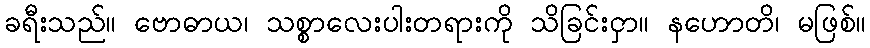
ခရီးသည်။ ဗောဓာယ၊ သစ္စာလေးပါးတရားကို သိခြင်းငှာ။ နဟောတိ၊ မဖြစ်။